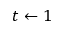
t \gets 1